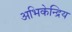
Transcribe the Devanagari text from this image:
अभिकेन्द्रिय